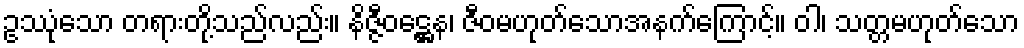
ဥဿုံသော တရားတို့သည်လည်း။ နိဇ္ဇီဝဋ္ဌေန၊ ဇီဝမဟုတ်သောအနက်ကြောင့်။ ဝါ၊ သတ္တမဟုတ်သော